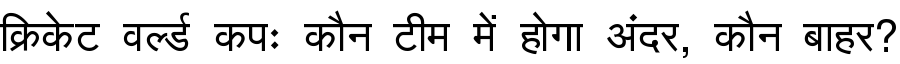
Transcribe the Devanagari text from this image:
क्रिकेट वर्ल्ड कपः कौन टीम में होगा अंदर, कौन बाहर?